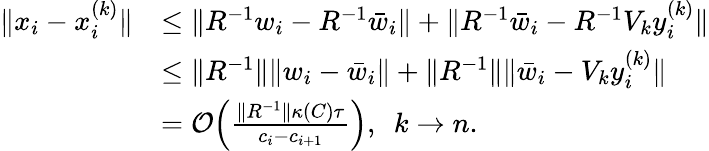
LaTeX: \begin{array}{rl}{\| x_{i}-x_{i}^{(k)}\| }&{\leq\| R^{-1}w_{i}-R^{-1}\bar{w}_{i}\| +\| R^{-1}\bar{w}_{i}-R^{-1}V_{k}y_{i}^{(k)}\| }\\ &{\leq\| R^{-1}\| \| w_{i}-\bar{w}_{i}\| +\| R^{-1}\| \| \bar{w}_{i}-V_{k}y_{i}^{(k)}\| }\\ &{=\mathcal{O}\Big(\frac{\| R^{-1}\| \kappa(C)\tau}{c_{i}-c_{i+1}}\Big),\ \ k\to n.}\end{array}